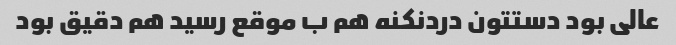
عالی بود دستتون دردنکنه هم ب موقع رسید هم دقیق بود